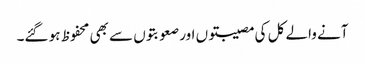
آنے والے کل کی مصیبتوں اور صعوبتوں سے بھی محفوظ ہو گئے۔